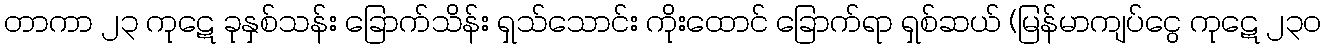
တာကာ ၂၃ ကုဋေ ခုနှစ်သန်း ခြောက်သိန်း ရှသ်သောင်း ကိုးထောင် ခြောက်ရာ ရှစ်ဆယ် (မြန်မာကျပ်ငွေ ကုဋေ ၂၃၀